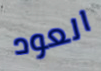
العود